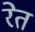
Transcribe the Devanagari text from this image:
रेेत